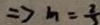
\Rightarrow m = \frac { 2 } { 3 }